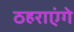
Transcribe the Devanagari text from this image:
ठहराएंगे